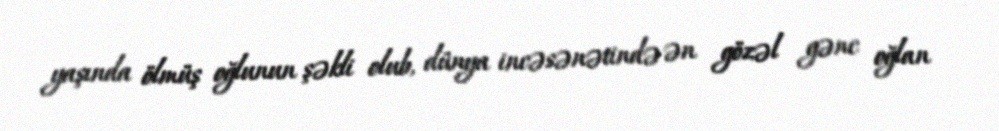
yaşında ölmüş oğlunun şəkli olub, dünya incəsənətində ən gözəl gənc oğlan